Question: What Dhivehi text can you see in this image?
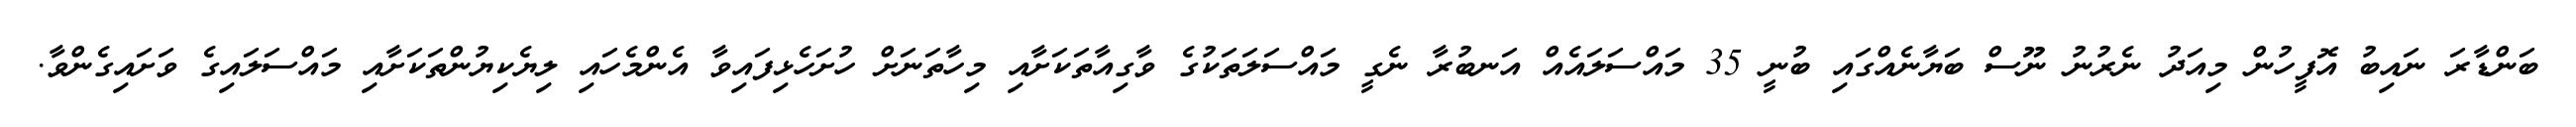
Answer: ބަންޑާރަ ނައިބު އޮފީހުން މިއަދު ނެރުނު ނޫސް ބަޔާނެއްގައި ބުނީ 35 މައްސަލައެއް އަނބުރާ ނެގީ މައްސަލަތަކުގެ ވާގިއާތަކަށާއި މިހާތަނަށް ހުށަހެޅިފައިވާ އެންމެހައި ލިޔެކިޔުންތަކަށާއި މައްސަލައިގެ ވަށައިގެންވާ.